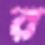
র